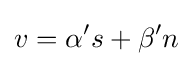
v=\alpha 's+\beta 'n